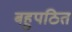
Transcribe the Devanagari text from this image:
बहुपठित